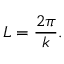
L = { \frac { 2 \pi } { k } } .